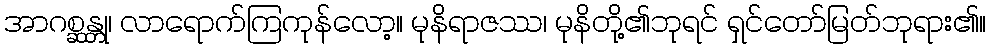
အာဂစ္ဆန္တု၊ လာရောက်ကြကုန်လော့။ မုနိရာဇဿ၊ မုနိတို့၏ဘုရင် ရှင်တော်မြတ်ဘုရား၏။